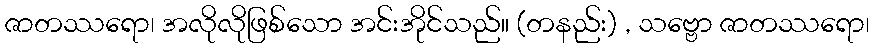
ဇာတဿရော၊ အလိုလိုဖြစ်သော အင်းအိုင်သည်။ (တနည်း) , သဗ္ဗော ဇာတဿရော၊